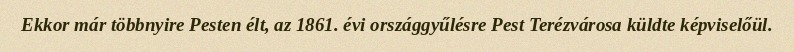
Ekkor már többnyire Pesten élt, az 1861. évi országgyűlésre Pest Terézvárosa küldte képviselőül.